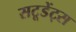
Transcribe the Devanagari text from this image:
सटूडेंट्स